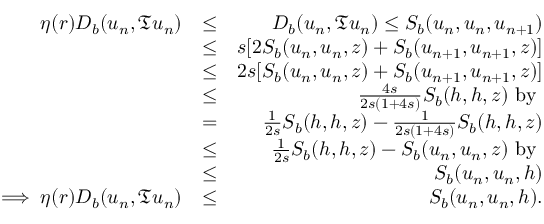
\begin{array} { r l r } { \eta ( r ) D _ { b } ( u _ { n } , \mathfrak { T } u _ { n } ) } & { \leq } & { D _ { b } ( u _ { n } , \mathfrak { T } u _ { n } ) \leq S _ { b } ( u _ { n } , u _ { n } , u _ { n + 1 } ) } \\ & { \leq } & { s [ 2 S _ { b } ( u _ { n } , u _ { n } , z ) + S _ { b } ( u _ { n + 1 } , u _ { n + 1 } , z ) ] } \\ & { \leq } & { 2 s [ S _ { b } ( u _ { n } , u _ { n } , z ) + S _ { b } ( u _ { n + 1 } , u _ { n + 1 } , z ) ] } \\ & { \leq } & { \frac { 4 s } { 2 s ( 1 + 4 s ) } S _ { b } ( h , h , z ) ~ \mathrm { b y ~ } } \\ & { = } & { \frac { 1 } { 2 s } S _ { b } ( h , h , z ) - \frac { 1 } { 2 s ( 1 + 4 s ) } S _ { b } ( h , h , z ) } \\ & { \leq } & { \frac { 1 } { 2 s } S _ { b } ( h , h , z ) - S _ { b } ( u _ { n } , u _ { n } , z ) ~ \mathrm { b y ~ } } \\ & { \leq } & { S _ { b } ( u _ { n } , u _ { n } , h ) } \\ { \implies \eta ( r ) D _ { b } ( u _ { n } , \mathfrak { T } u _ { n } ) } & { \leq } & { S _ { b } ( u _ { n } , u _ { n } , h ) . } \end{array}